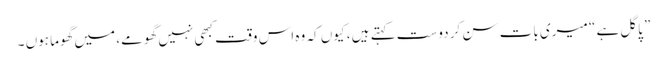
” پاگل ہے “ میری بات سن کر دوست کہتے ہیں ، کیوں کہ وہ اس وقت کبھی نہیں گھومے، میں گھوما ہوں ۔